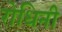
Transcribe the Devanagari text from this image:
रोधिनी